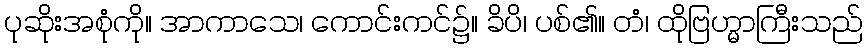
ပုဆိုးအစုံကို။ အာကာသေ၊ ကောင်းကင်၌။ ခိပိ၊ ပစ်၏။ တံ၊ ထိုဗြဟ္မာကြီးသည်